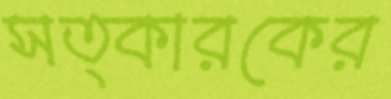
সত্কারকের